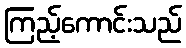
ကြည့်ကောင်းသည်